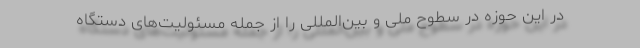
در این حوزه در سطوح ملی و بین‌المللی را از جمله مسئولیت‌های دستگاه